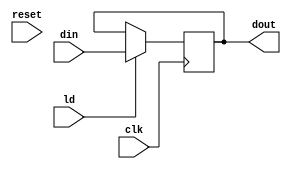
module NPC (
input wire clk,reset,ld,
    input wire signed [31:0] din,
output reg signed [31:0] dout
);

    initial begin
            dout<=32'b0;
            end

always @(posedge clk)
    begin
       
         if(ld)
            dout<=din;
    end

endmodule